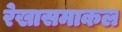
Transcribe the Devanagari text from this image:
रेखासमाकल